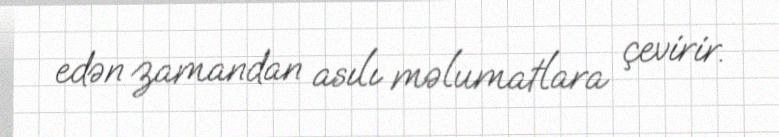
edən zamandan asılı məlumatlara çevirir.